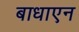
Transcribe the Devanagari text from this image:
बाधाएन